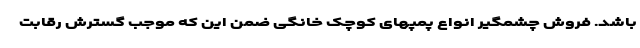
باشد. فروش چشمگیر انواع پمپهای کوچک خانگی ضمن این که موجب گسترش رقابت